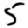
Digit: 5